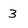
Character: 3